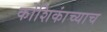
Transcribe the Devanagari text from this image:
कोशिकांच्याच